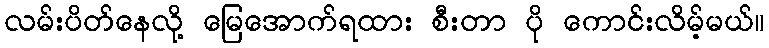
လမ်းပိတ်နေလို့ မြေအောက်ရထား စီးတာ ပို ကောင်းလိမ့်မယ်။